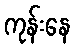
ကုန်းနေ